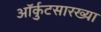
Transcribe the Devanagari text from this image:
ऑर्कुटसारख्या